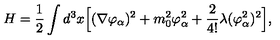
H = { \frac { 1 } { 2 } } \int d ^ { 3 } x \Bigl [ ( \nabla \varphi _ { \alpha } ) ^ { 2 } + m _ { 0 } ^ { 2 } \varphi _ { \alpha } ^ { 2 } + { \frac { 2 } { 4 ! } } \lambda ( \varphi _ { \alpha } ^ { 2 } ) ^ { 2 } \Bigr ] ,